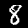
Label: 8